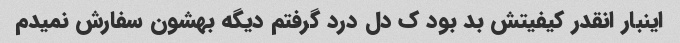
اینبار انقدر کیفیتش بد بود ک دل درد گرفتم دیگه بهشون سفارش نمیدم